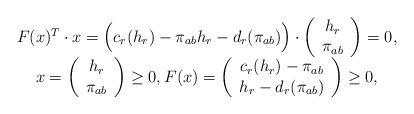
LaTeX: \begin{align*}\displaystyle\begin{array}{cc}F(x)^T \cdot x=\Big(c_r(h_r)-\pi_{ab} h_r-d_r(\pi_{ab})\Big)\cdot \left(\begin{array}{cc}h_r\\\pi_{ab}\end{array}\right)=0, \\x=\left(\begin{array}{cc}h_r\\\pi_{ab}\end{array}\right)\geq 0, F(x)=\left(\begin{array}{cc}c_r(h_r)-\pi_{ab}\\h_r-d_r(\pi_{ab})\end{array}\right)\geq0,\end{array}\end{align*}